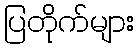
ပြတိုက်များ